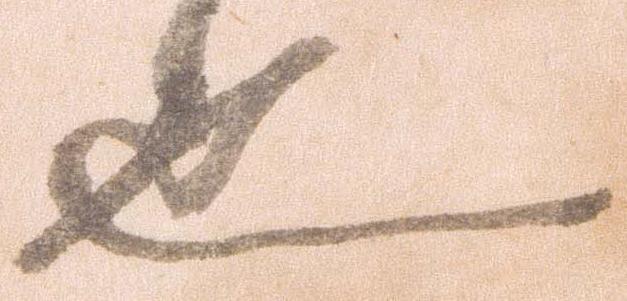
也